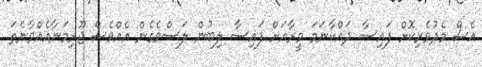
އެސް މެދުވެރިކޮށް ފައިސާ ދައްކާނަމަ މީރާއަށް ފައިސާ ލިބުން ލަސްވެގެން އެއްވެސް ޖޫރިމަނާއެއްވާނެތަ